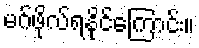
မဂ်ဖိုလ်ရနိုင်ကြောင်း။